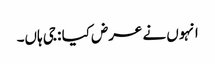
انہوں نے عرض کیا : جی ہاں۔